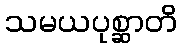
သမယပုစ္ဆာတိ